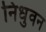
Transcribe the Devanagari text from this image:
निधुवन